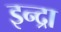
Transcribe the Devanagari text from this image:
इन्द्रा